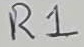
Text: R1